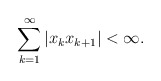
\begin{align*}\sum_{k=1}^{\infty}|x_{k}x_{k+1}|<\infty.\end{align*}